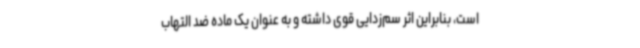
است، بنابراین اثر سم‌زدایی قوی داشته و به عنوان یک ماده ضد التهاب